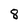
Character: 8